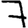
Digit: 7